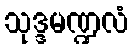
သုဒ္ဒမဏ္ဍလံ